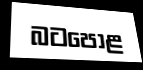
බටපොළ